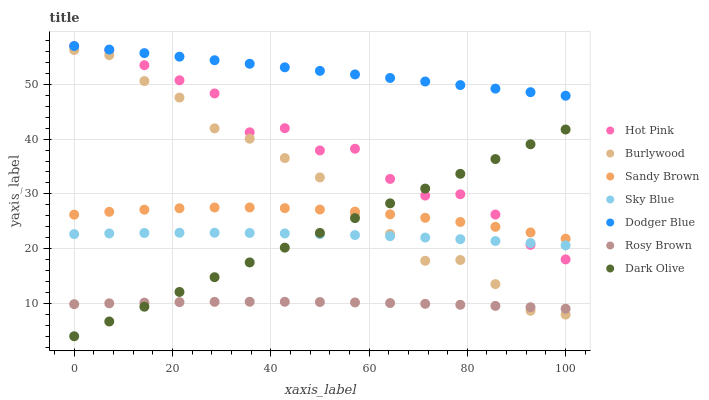
| xaxis_label | Hot Pink | Burlywood | Sandy Brown | Sky Blue | Dodger Blue | Rosy Brown | Dark Olive |
 | --- | --- | --- | --- | --- | --- | --- | --- |
 | 0 | 57 | 56.3 | 26.2 | 22.6 | 57 | 9.86 | 4 |
 | 7.14 | 56.2 | 55.3 | 26.7 | 22.8 | 56.4 | 10 | 6.7 |
 | 14.3 | 53.5 | 50.6 | 27.1 | 22.9 | 55.7 | 10.1 | 9.39 |
 | 21.4 | 50.7 | 47.6 | 27.4 | 22.9 | 55.1 | 10.2 | 12.1 |
 | 28.6 | 48.3 | 42 | 27.5 | 22.9 | 54.4 | 10.3 | 14.8 |
 | 35.7 | 41.2 | 40.1 | 27.5 | 22.9 | 53.8 | 10.3 | 17.5 |
 | 42.9 | 42 | 36.5 | 27.4 | 22.8 | 53.1 | 10.3 | 20.2 |
 | 50 | 37.9 | 33 | 27.1 | 22.7 | 52.5 | 10.3 | 22.9 |
 | 57.1 | 38.2 | 26.3 | 26.8 | 22.5 | 51.8 | 10.2 | 25.6 |
 | 64.3 | 32.7 | 22.7 | 26.3 | 22.3 | 51.2 | 10.1 | 28.3 |
 | 71.4 | 29.7 | 17.8 | 25.6 | 22 | 50.5 | 9.92 | 31 |
 | 78.6 | 29.9 | 17.9 | 24.9 | 21.7 | 49.9 | 9.75 | 33.7 |
 | 85.7 | 26.2 | 13.5 | 24 | 21.4 | 49.2 | 9.54 | 36.4 |
 | 92.9 | 20.7 | 8.66 | 23 | 21 | 48.6 | 9.3 | 39.1 |
 | 100 | 18 | 7.96 | 21.8 | 20.6 | 47.9 | 9.03 | 41.8 |